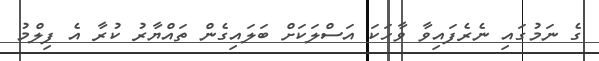
ގެ ނަމުގައި ނެރެފައިވާ ވާހަކަ އަސްލަކަށް ބަލައިގެން ތައްޔާރު ކުރާ އެ ފިލްމު